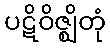
ပဋိဝိဇ္ဈိတုံ